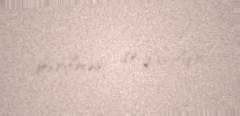
devrilməsi də daxildir.